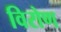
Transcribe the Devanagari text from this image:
विरोण